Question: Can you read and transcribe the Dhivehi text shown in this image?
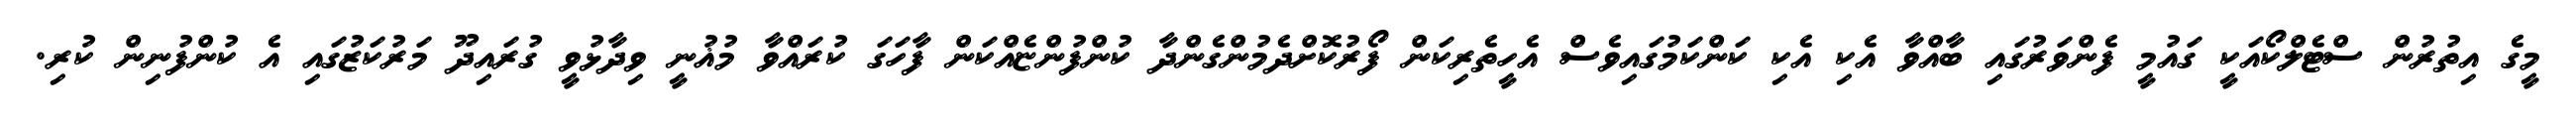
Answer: މީގެ އިތުރުން ސްޓެލްކޯއަކީ ގައުމީ ފެންވަރުގައި ބާއްވާ އެކި އެކި ކަންކަމުގައިވެސް އެހީތެރިކަން ފޯރުކޮށްދެމުންގެންދާ ކުންފުންޏެއްކަން ފާހަގަ ކުރައްވާ މުޣުނީ ވިދާޅުވީ ގުރައިދޫ މަރުކަޒުގައި އެ ކުންފުނިން ކުރި.